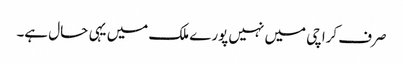
صرف کراچی میں نہیں پورے ملک میں یہی حال ہے۔